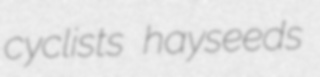
cyclists hayseeds